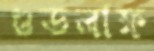
গুডলাফ